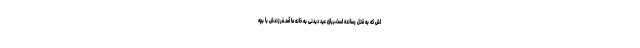
اش که به قتل رسانده است،برای عید دیدنی به خانه ما آمد.فرزندش با بچه